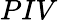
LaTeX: PIV